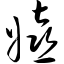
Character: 嬉